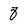
Character: 8